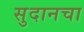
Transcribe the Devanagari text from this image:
सुदानचा